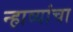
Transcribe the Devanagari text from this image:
न्हाव्यांचा